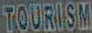
TOURISM